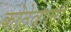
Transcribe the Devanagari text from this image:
कोठेवाली